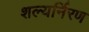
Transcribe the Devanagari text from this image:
शल्यर्निरण